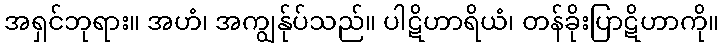
အရှင်ဘုရား။ အဟံ၊ အကျွန်ုပ်သည်။ ပါဋိဟာရိယံ၊ တန်ခိုးပြာဋိဟာကို။